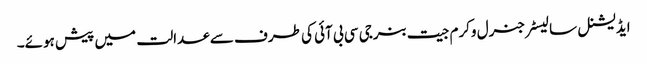
ایڈیشنل سالیسٹرجنرل وکرم جیت بنرجی سی بی آئی کی طرف سے عدالت میں پیش ہوئے۔